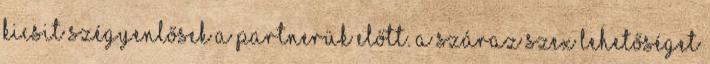
kicsit szégyenlősek a partnerük előtt. A száraz szex lehetőséget